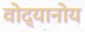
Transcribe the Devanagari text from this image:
वोद्यानोय